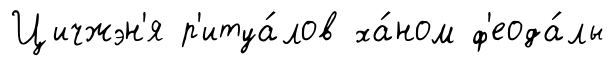
Цичжэн'я р'итуа́лов ха́ном ф'еода́лы